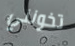
تخونني